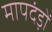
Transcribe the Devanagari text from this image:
मापदंड़ों